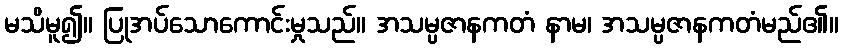
မသိမူ၍။ ပြုအပ်သောကောင်းမှုသည်။ အသမ္ပဇာနကတံ နာမ၊ အသမ္ပဇာနကတံမည်၏။